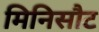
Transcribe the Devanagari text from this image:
मिनिसौट